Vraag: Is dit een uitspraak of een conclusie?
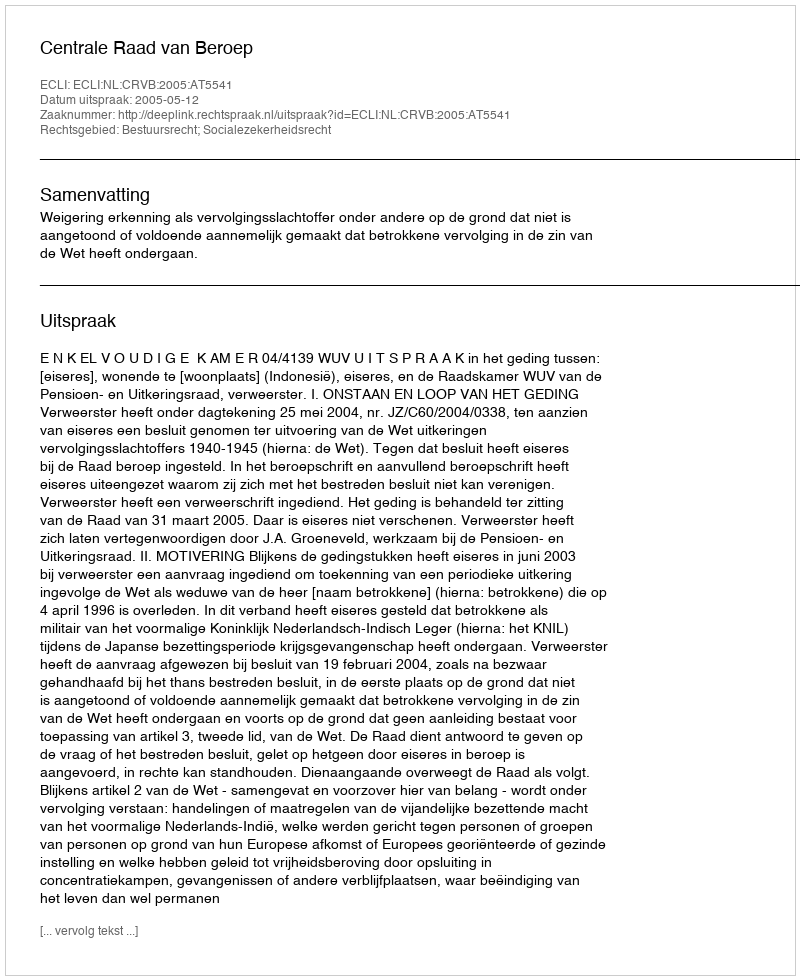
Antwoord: Uitspraak